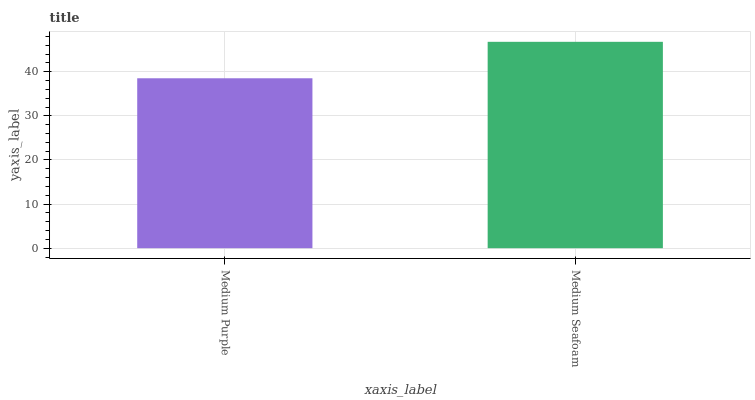
| xaxis_label | bars |
 | --- | --- |
 | Medium Purple | 38.5 |
 | Medium Seafoam | 46.8 |